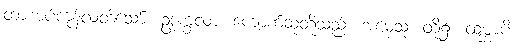
ထားအပ်ကုန်လတ်သော်။ ဥဒုက္ခလာ၊ ကျောက်ဆုံတို့သည်။ အမှေသု၊ တို့၌။ ထမ္ဘာပိ၊